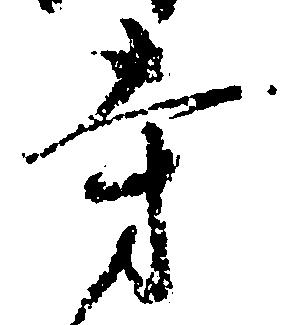
寺